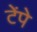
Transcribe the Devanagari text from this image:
टेंपे